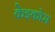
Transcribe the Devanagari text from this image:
केइकोस